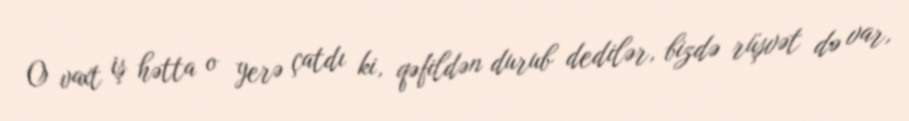
O vaxt iş hətta o yerə çatdı ki, qəfildən durub dedilər, bizdə rüşvət də var,